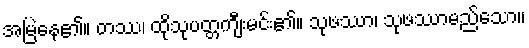
အမြဲနေ၏။ တဿ၊ ထိုသုပတ္တကျီးမင်း၏။ သုဖဿာ၊ သုဖဿာမည်သော။